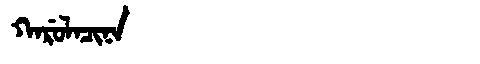
Manchu: ᡴᠠᡵᡠᠯᠠᠴᡳᠨᠠ
Romanization: KARULACINA